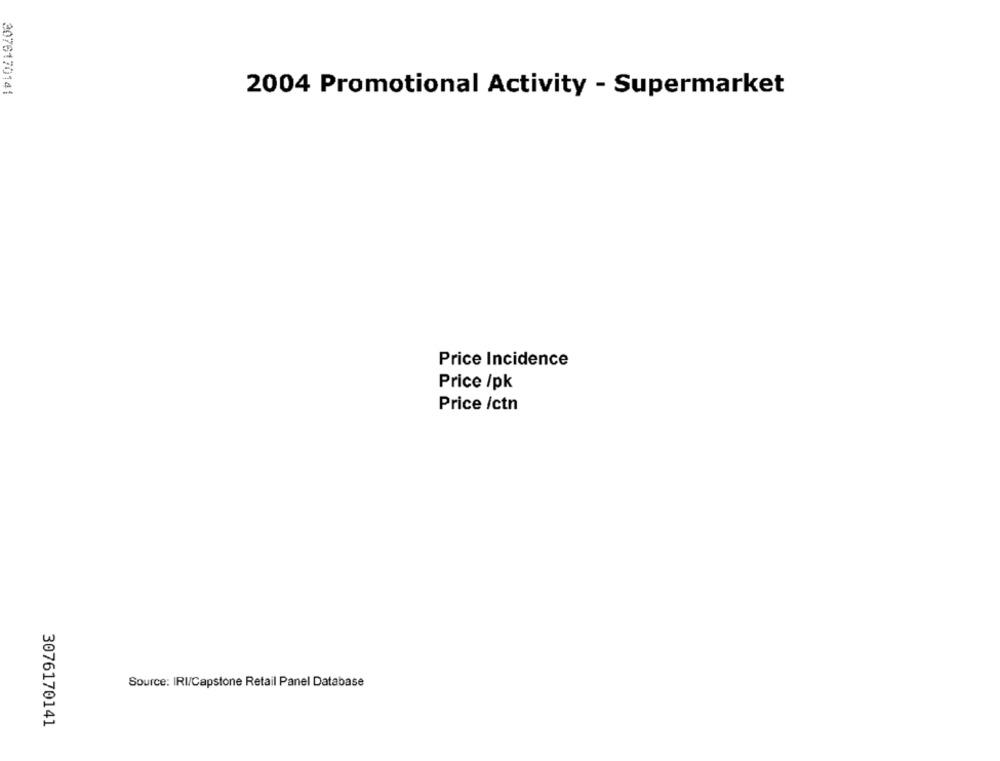
3076170141
2004 Promotional Activity - Supermarket
Price Incidence
Price /pk
Price /ctn
Source: IRI/Capstone Retail Panel Database
3076170141